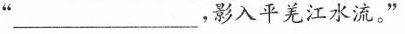
”_____，影入平羌江水流。”